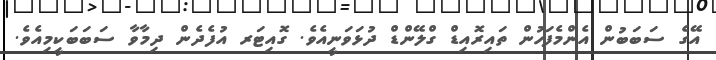
އޭގެ ސަބަބުން އެންމެފަހުން ތައިރޮއިޑް ގްލޭންޑް ދުޅަވަނީއެވެ. ގޮއިޓަރ އުފެދެން ދިމާވާ ސަބަބަކީމިއެވެ.